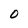
Character: O